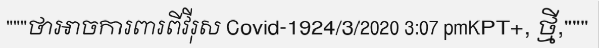
"""ថាអាចការពារពីវីរុស Covid-1924/3/2020 3:07 pmKPT+, ថ្មី,"""